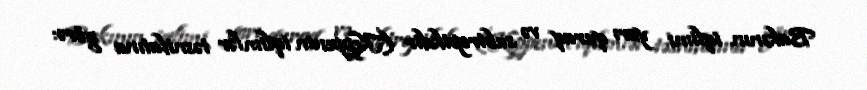
Bakının iqlimi yarı quraq və subtropikdir (Keppenin iqlimlər təsnifatına görə: